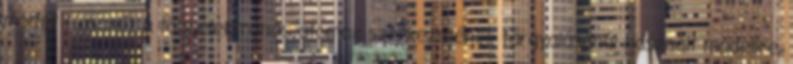
modell Hasonlít a többelektronos atomok szerkezetének tárgyalásánál használt modellre,